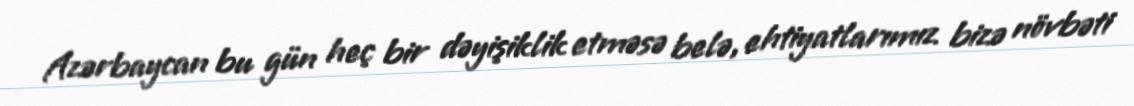
Azərbaycan bu gün heç bir dəyişiklik etməsə belə, ehtiyatlarımız bizə növbəti